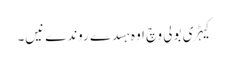
کیہڑی بولی وچ اوہ ہسدے روندے نیں۔